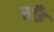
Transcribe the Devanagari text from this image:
साँइ